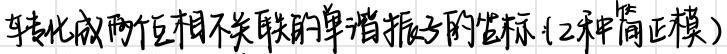
转化成两个互不关联的单谐振子的坐标（2种简正模）